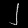
Digit: ၂